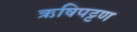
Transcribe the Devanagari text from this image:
ऋषिपट्टण